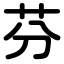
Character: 芬